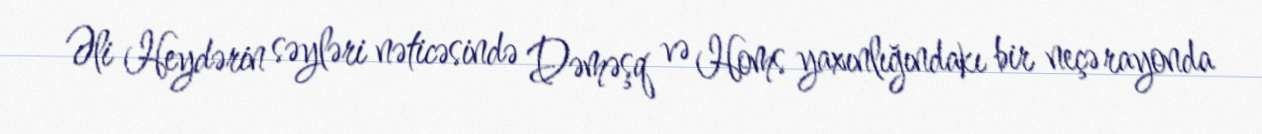
Əli Heydərin səyləri nəticəsində Dəməşq və Homs yaxınlığındakı bir neçə rayonda